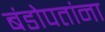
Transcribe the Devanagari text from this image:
बंडोपतांना